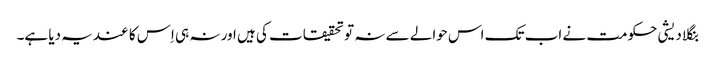
بنگلا دیشی حکومت نے اب تک اس حوالے سے نہ تو تحقیقات کی ہیں اور نہ ہی اِس کا عندیہ دیا ہے۔